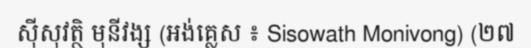
ស៊ីសុវត្ថិ មុនីវង្ស (អង់គ្លេស ៖ Sisowath Monivong) (២៧